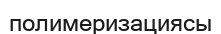
полимеризациясы